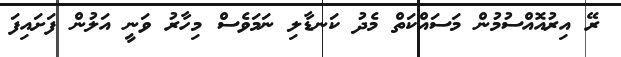
ރޭ އިރުއޮއްސުމުން މަސައްކަތް މެދު ކަނޑާލި ނަމަވެސް މިހާރު ވަނީ އަލުން ފަށައިފަ